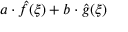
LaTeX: a \cdot { \hat { f } } ( \xi ) + b \cdot { \hat { g } } ( \xi )